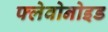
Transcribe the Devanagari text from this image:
फ्लेवोनोइड